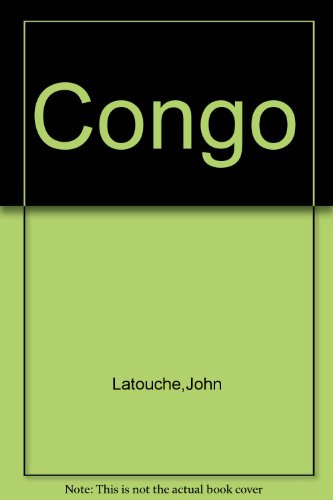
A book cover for Congo; John Latouche; Travel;